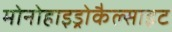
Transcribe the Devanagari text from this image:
मोनोहाइड्रोकैल्साइट